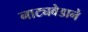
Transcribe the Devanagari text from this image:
नाट्यवेडाने